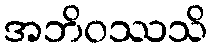
အဘိဝဿသိ